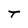
Character: T